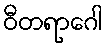
ဝီတရာဂေါ